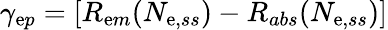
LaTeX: \gamma_{\mathrm{e}p}=[R_{\mathrm{e}m}(N_{\mathrm{e},ss})-R_{abs}(N_{\mathrm{e},ss})]